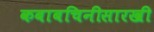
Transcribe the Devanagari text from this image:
कबाबचिनीसारखी